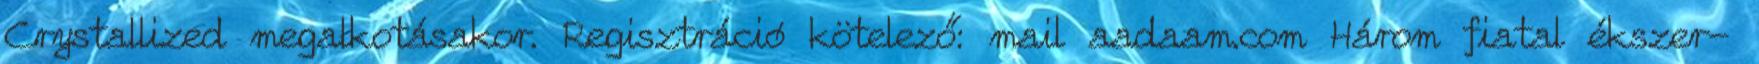
Crystallized megalkotásakor. Regisztráció kötelező: mail aadaam.com Három fiatal ékszer-